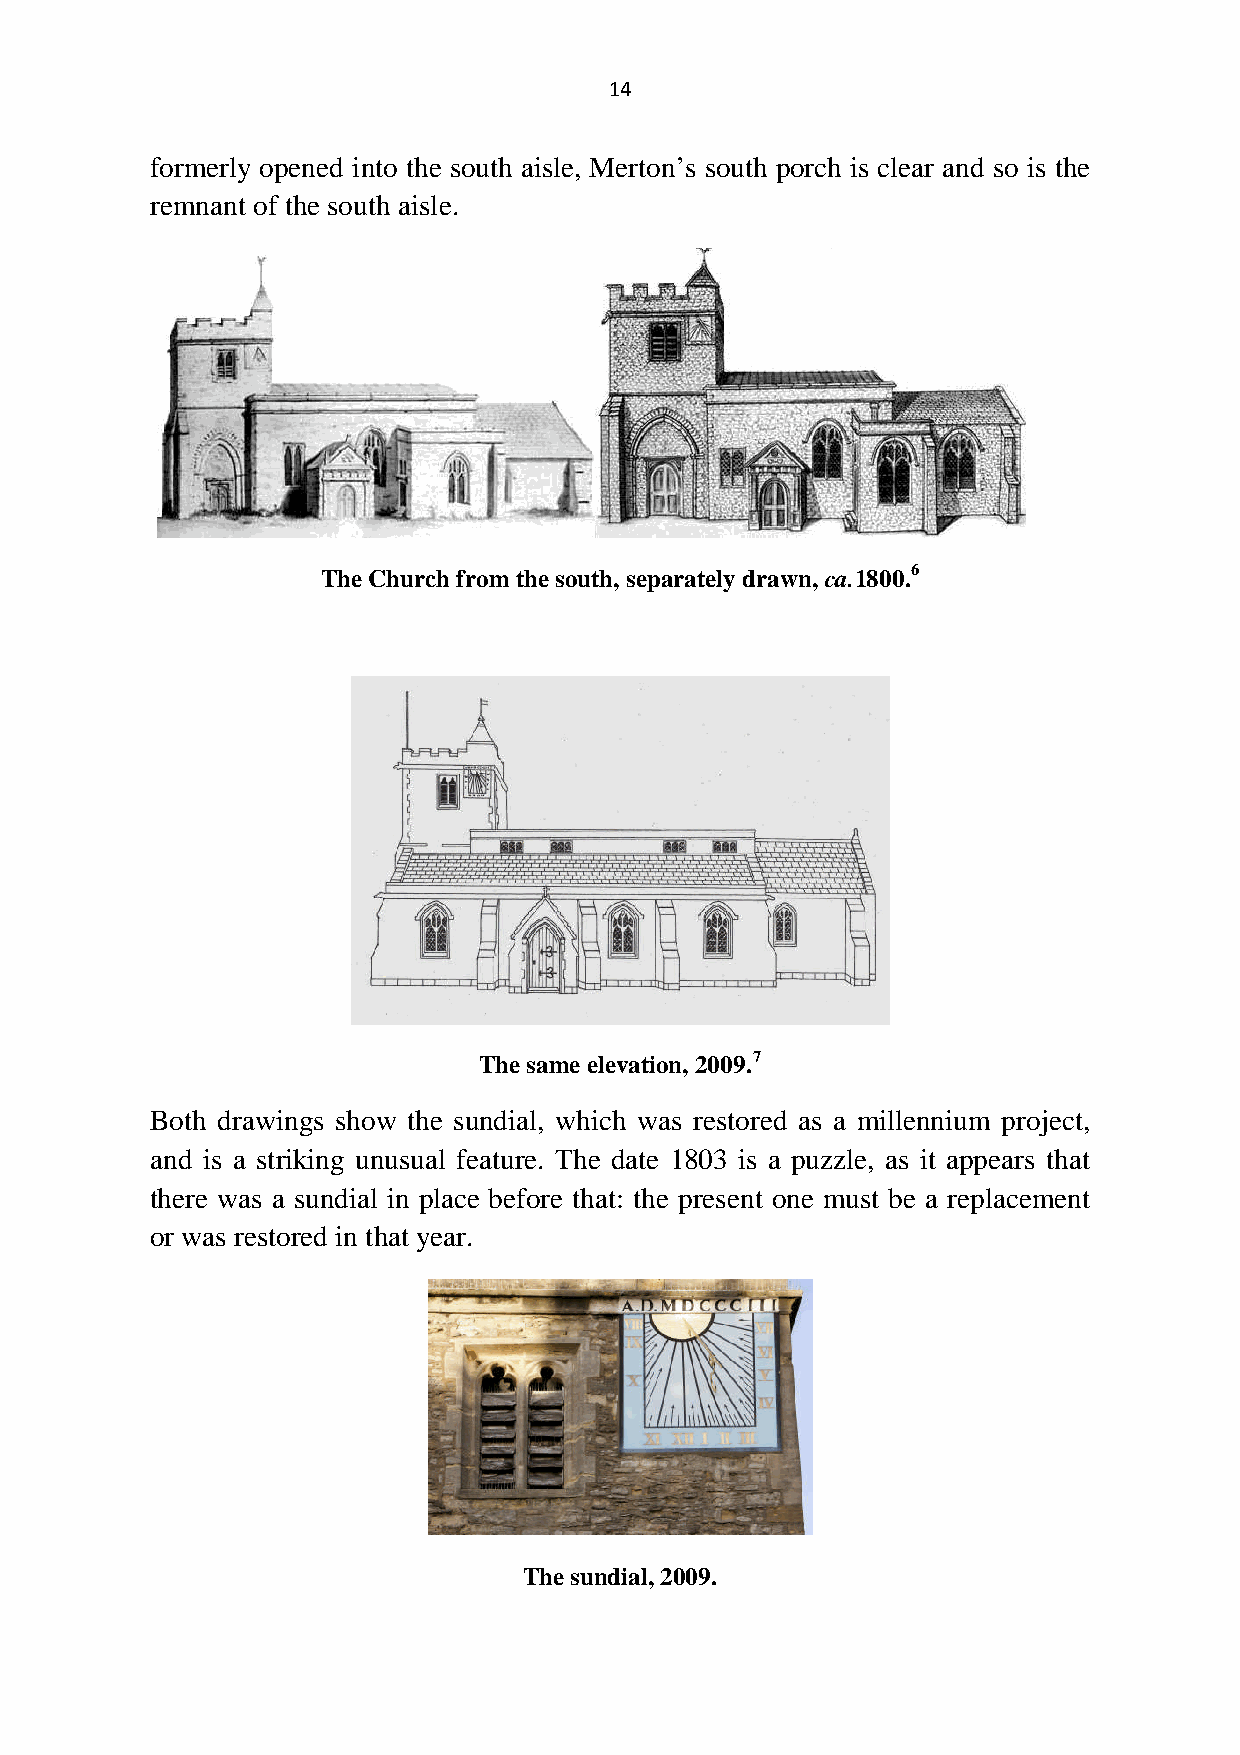
14
 formerly opened into the south aisle, Merton’s south porch is clear and so is the
 remnant of the south aisle.
 TheChurch fromthesouth,separatelydrawn,ca.1800.6
 Thesame elevation,2009.7
 Both drawings show the sundial, which was restored as a millennium project,
 and is a striking unusual feature. The date 1803 is a puzzle, as it appears that
 there was a sundial in place before that: the present one must be a replacement
 or was restored in that year.
 Thesundial,2009.